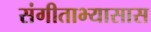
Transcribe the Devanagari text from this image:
संगीताभ्यासास